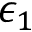
\epsilon _ { 1 }